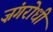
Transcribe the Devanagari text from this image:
ज़ंगरोधी